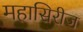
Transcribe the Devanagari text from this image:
महासिरीज